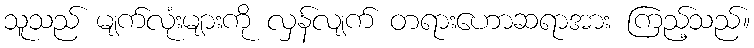
သူသည် မျက်လုံးများကို လှန်လျက် တရားဟောဆရာအား ကြည့်သည်။